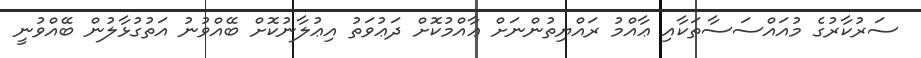
ސަރުކާރުގެ މުއައްސަސާތަކާއި ޢާއްމު ރައްޔިތުންނަށް ޢާއްމުކޮށް ދަޢުވަތު އިޢުލާނުކޮށް ބޭއްވުނު އަތުގުޅާލުން ބޭއްވުނީ